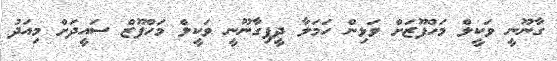
ގާނޫނީ ވަކީލް މަހްފޫޒަށް ވަޅިން ހަމަލާ ދީފިގާނޫނީ ވަކީލް މަހްފޫޒް ސައީދަށް މިއަދު